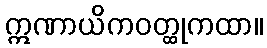
ဣဏာယိကဝတ္ထုကထာ။